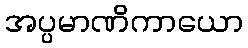
အပ္ပမာဏိကာယော